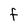
Character: F